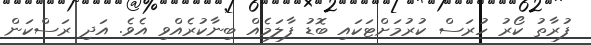
ފުރާތު ކޯރު ހުރަސް ކުރުމަށްޓަކައި ބޮޑު ފާލަމެއް ބިނާކުރެއްވި އެވެ. އަދި ރަސްކަން